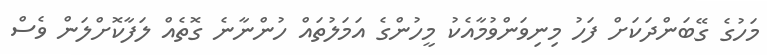
މަހުގެ ގޭބަންދަކަށް ފަހު މިނިވަންވުމާއެކު މީހުންގެ އަމަލުތައް ހުންނާނެ ގޮތެއް ލަފާކޮށްލަން ވެސް